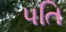
પતિ